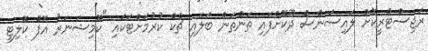
ރަޖިސްޓްރީކޮށް ލައިސަންސް ދޫކޮށްފައި ތަންތަން ބަލައި ޗެކް ކުރުމަށްޓަކައި "ކޮމިޝަނަރު އޮފް ކޮލިޓީ